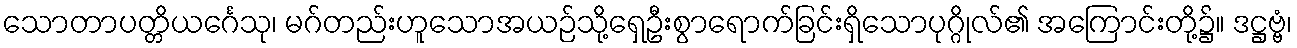
သောတာပတ္တိယင်္ဂေသု၊ မဂ်တည်းဟူသောအယဉ်သို့ရှေဦးစွာရောက်ခြင်းရှိသောပုဂ္ဂိုလ်၏ အကြောင်းတို့၌။ ဒဋ္ဌဗ္ဗံ၊